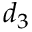
d _ { 3 }